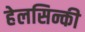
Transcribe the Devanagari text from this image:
हेलसिन्की